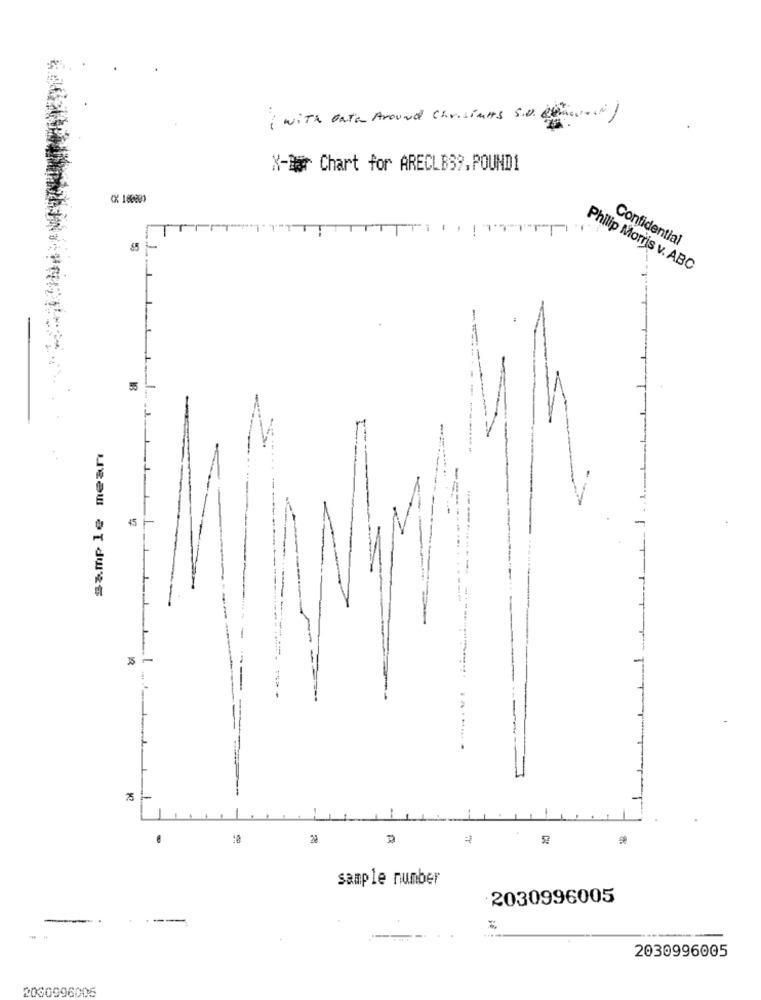
( with bath Around Chrisints S.O.B.
X-Bar Chart for ARECLBS9.POUND1
CX 18080)
Confidential
Philip Morris v. ABC
18
sample mean
---
35
-
75
18
sample number
: 2030996005
2030996005
2030996005